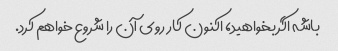
باشه اگر بخواهید، اکنون کار روی آن را شروع خواهم کرد.